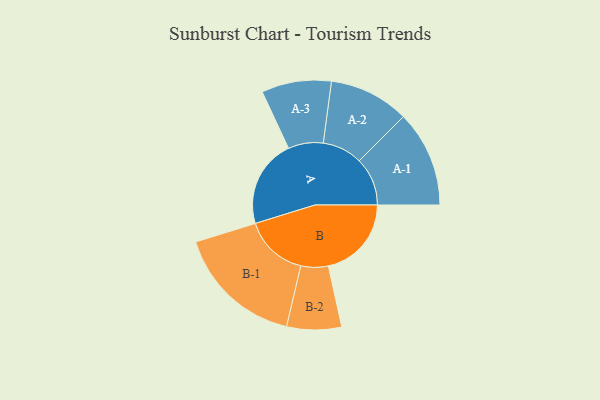
{"axis": {"x": "Segment", "y": "Value"}, "legend": ["", "A", "B"], "data": [{"x": "A", "y": 325, "type": ""}, {"x": "B", "y": 307, "type": ""}, {"x": "A-1", "y": 178, "type": "A"}, {"x": "A-2", "y": 148, "type": "A"}, {"x": "A-3", "y": 129, "type": "A"}, {"x": "B-1", "y": 236, "type": "B"}, {"x": "B-2", "y": 101, "type": "B"}]}